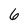
Character: 6